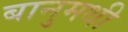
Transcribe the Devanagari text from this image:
बानुमथी